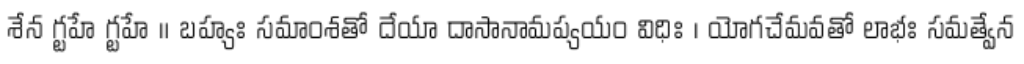
శేన గ్టహే గ్టహే ॥ బహ్యః సమాంశతో దేయా దాసానామప్యయం విధిః । యోగచేమవతో లాభః సమత్వేన